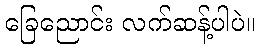
ခြေညောင်း လက်ဆန့်ပါပဲ။